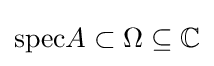
\mathrm {spec} A\subset \Omega \subseteq \mathbb {C}